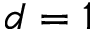
d = 1